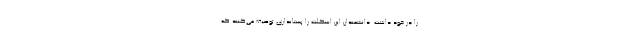
را در خود داشت. دانشمندان این اسکلت را پستانداری توصیف می‌کنند که